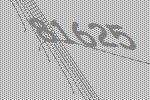
81625